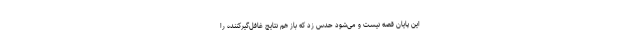
این پایان قصه نیست و می‌شود حدس زد که باز هم نتایج غافل‌گیرکننده را